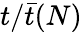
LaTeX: t/\bar{t}(N)